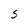
Character: s